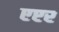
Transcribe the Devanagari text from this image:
एप्टर